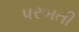
પરબતી